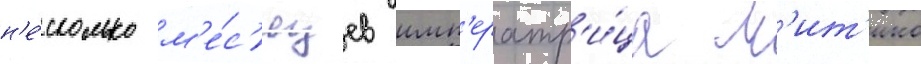
н'е́сколько м'е́с'яцев имп'ератр'и́ца м'ит'ико